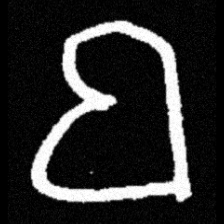
Pyu character \u2014 Myanmar letter: ဗ (romanized: ba)